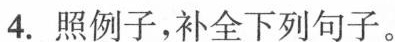
4.找例子，补全下列句子